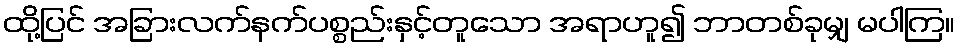
ထို့ပြင် အခြားလက်နက်ပစ္စည်းနှင့်တူသော အရာဟူ၍ ဘာတစ်ခုမျှ မပါကြ။